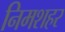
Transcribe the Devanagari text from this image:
निमशहर